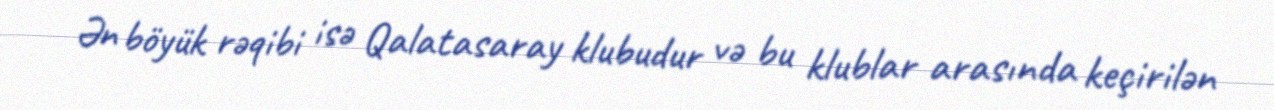
Ən böyük rəqibi isə Qalatasaray klubudur və bu klublar arasında keçirilən